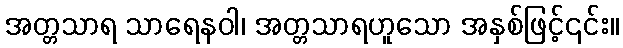
အတ္တသာရ သာရေနဝါ၊ အတ္တသာရဟူသော အနှစ်ဖြင့်၎င်း။